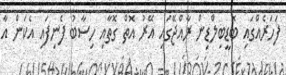
ފަހަރެއްގައި ބޮޑީބިލްޑިން ރާއްޖޭގައި އޭރު އޮތް ގޮތާއި ހިސާބު ފެނިފައި އެކަން އާ